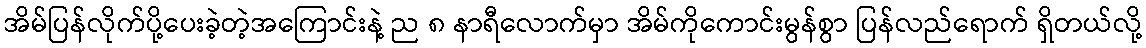
အိမ်ပြန်လိုက်ပို့ပေးခဲ့တဲ့အကြောင်းနဲ့ ည ၈ နာရီလောက်မှာ အိမ်ကိုကောင်းမွန်စွာ ပြန်လည်ရောက် ရှိတယ်လို့